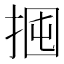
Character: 𢬼